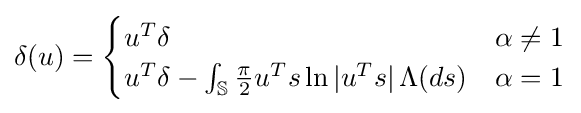
\delta (u)={\begin{cases}u^{T}\delta &\alpha \neq 1\\u^{T}\delta -\int _{\mathbb {S} }{\frac {\pi }{2}}u^{T}s\ln |u^{T}s|\,\Lambda (ds)&\alpha =1\end{cases}}